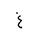
Letter: _gayn